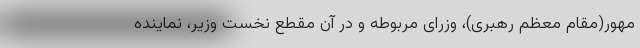
مهور(‌مقام معظم رهبری)، وزرای مربوطه و در آن مقطع نخست وزیر، نماینده